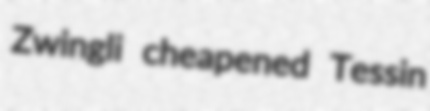
Zwingli cheapened Tessin